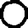
Digit: 0